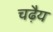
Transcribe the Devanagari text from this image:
चढ़ैय